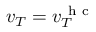
v _ { T } = v _ { T } ^ { \mathrm { ~ h ~ c ~ } }